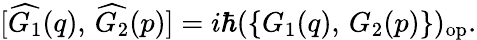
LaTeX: [\widehat{G_{1}}(q),\, \widehat{G_{2}}(p)]=i\hbar(\{ G_{1}(q),\, G_{2}(p)\} )_{\mathrm{{op}}}.